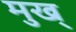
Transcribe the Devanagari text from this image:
मुख्